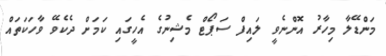
މަންޑޭލާ މިހާރު އޮންނެވީ ލައިފް ސަޕޯޓް މެޝިނުގެ އެހީގައި ކަމަށް ދެކެވޭ ވާހަކަތައް